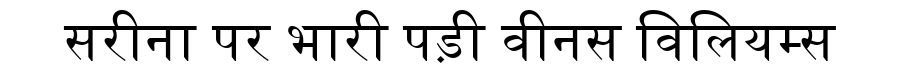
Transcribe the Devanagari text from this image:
सरीना पर भारी पड़ी वीनस विलियम्स